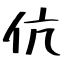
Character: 伉